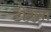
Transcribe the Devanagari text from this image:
टोरसा